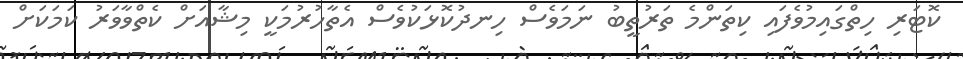
ކޮޓަރި ހިތްގައިމުވެފައި ކިތަންމެ ތަރުތީބު ނަމަވެސް ހިނދުކޮޅަކުވެސް އެތާހުރުމަކީ މިޝާއަށް ކެތްވާވަރު ކަމަކަށް